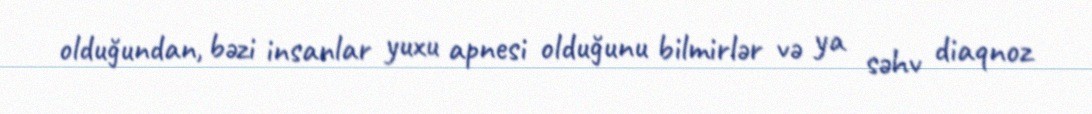
olduğundan, bəzi insanlar yuxu apnesi olduğunu bilmirlər və ya səhv diaqnoz